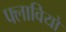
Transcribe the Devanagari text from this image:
फ्लावियो